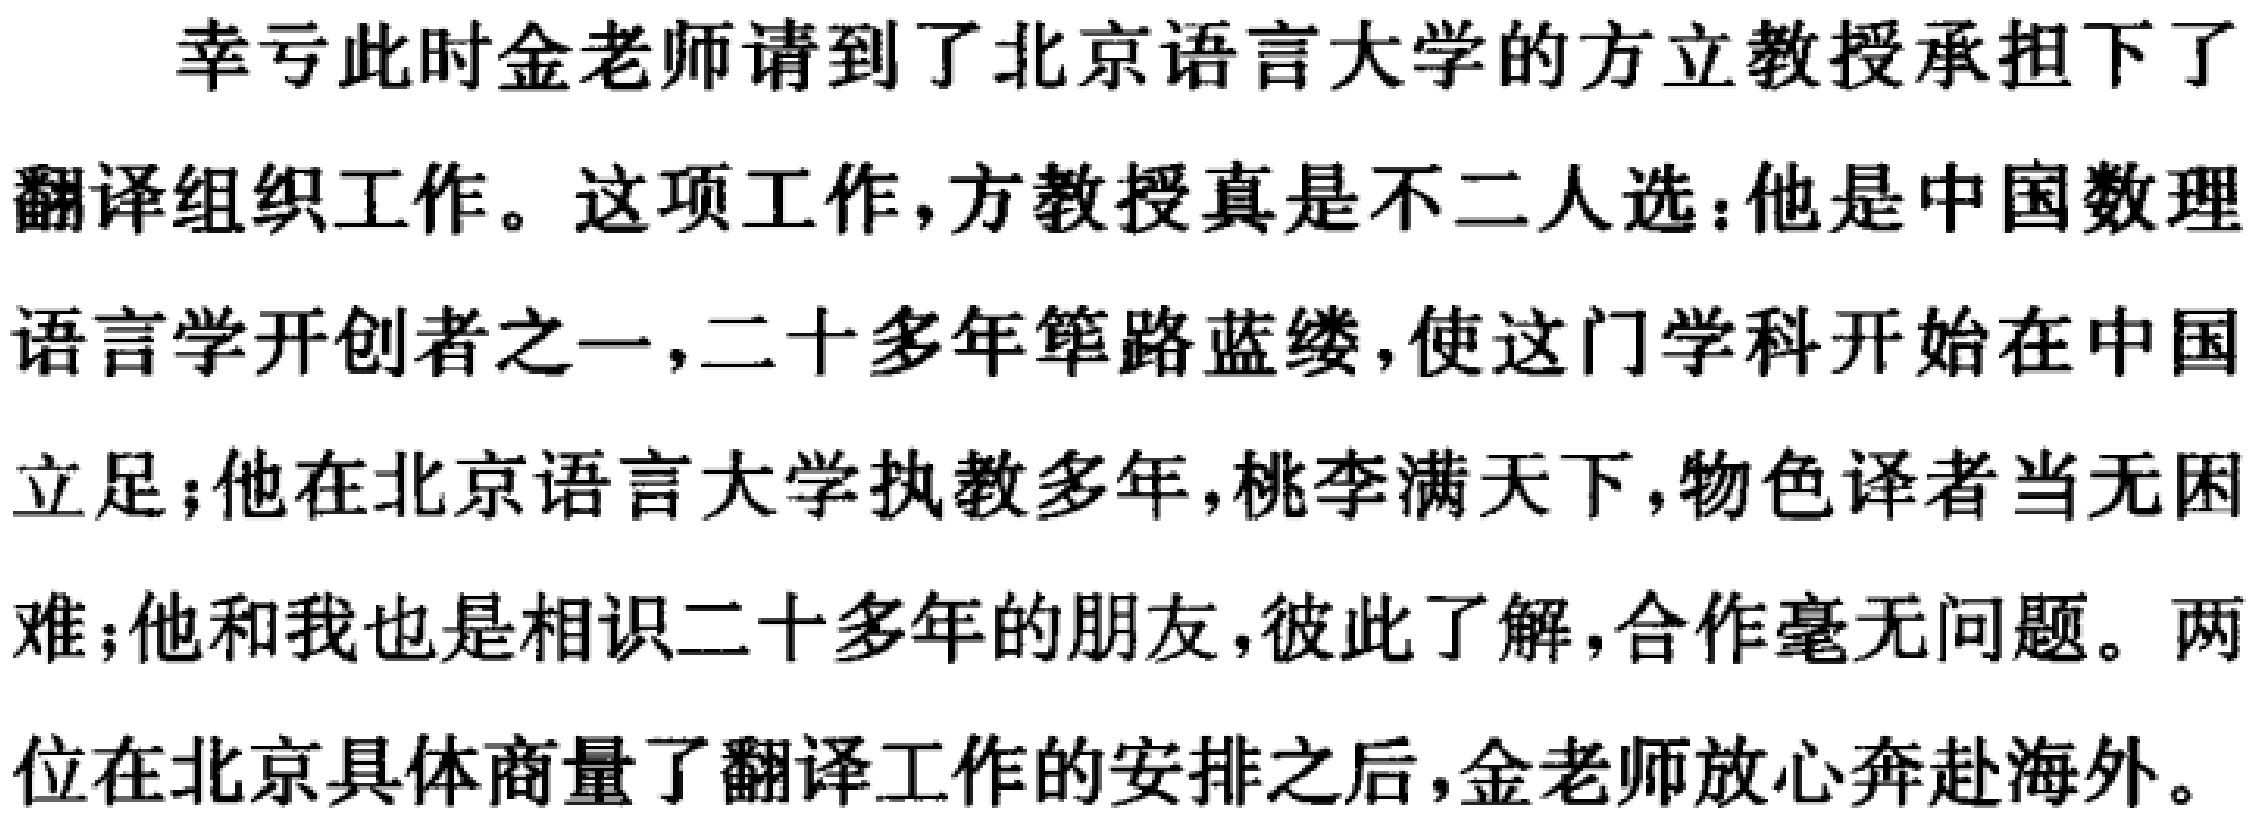
幸亏此时金老师请到了北京语言大学的方立教授承担下了
翻译组织工作。这项工作,方教授真是不二人选:他是中国数理
语言学开创者之一,二十多年筚路蓝缕,使这门学科开始在中国
立足;他在北京语言大学执教多年,桃李满天下,物色译者当无困
难;他和我也是相识二十多年的朋友,彼此了解,合作毫无问题。两
位在北京具体商量了翻译工作的安排之后,金老师放心奔赴海外。